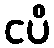
ငပိ